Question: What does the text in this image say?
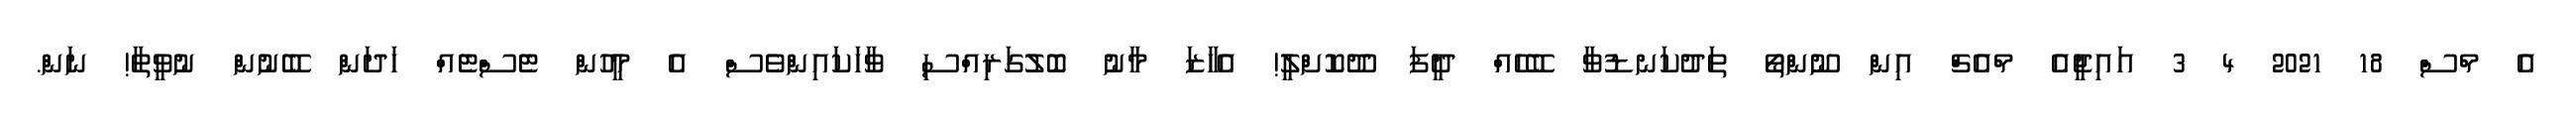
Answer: އެ މްސް 18 2021 4 3 އައިޖީއެ މްއެޗް އިން ނޫންތޯ ތަދުކަނޑުވާ ބޭހެއް ދީފަ ދޫކޮށްލީ! އެހާޒަ މާނު ބޮލުގަރިއްސި ވާހަކައިންވެސް އެ މީހުން ޓެސްޓެއް ހަދަން ބޭނުން ނުވީތާ! ނަން.